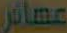
عصائر